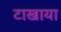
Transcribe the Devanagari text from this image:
टाखाया